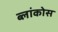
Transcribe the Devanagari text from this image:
ब्लांकोस